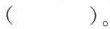
()。